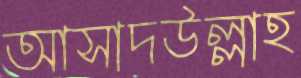
আসাদউল্লাহ